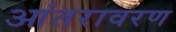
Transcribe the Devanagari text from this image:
आंतरावरण